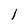
Character: 1